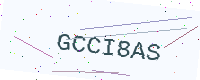
Text: GCCI8AS